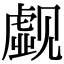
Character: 觑